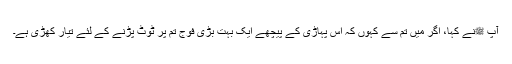
آپ ﷺنے کہا، اگر میں تم سے کہوں کہ اس پہاڑی کے پیچھے ایک بہت بڑی فوج تم پر ٹوٹ پڑنے کے لئے تیار کھڑی ہے۔